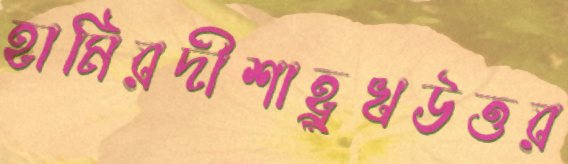
হামিরদীশাহ্রুখউত্তর